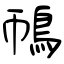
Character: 鳾